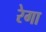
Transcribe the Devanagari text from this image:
रेगा